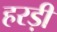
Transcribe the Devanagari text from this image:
हरड़ी